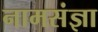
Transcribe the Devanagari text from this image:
नामसंज्ञा